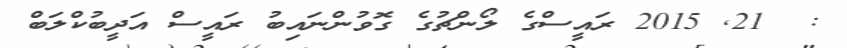
:  21